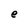
Character: e